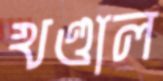
খণ্ডাল